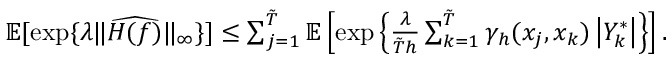
\begin{array} { r l } & { \mathbb { E } [ \exp \{ \lambda \| \widehat { H ( f ) } \| _ { \infty } \} ] \leq \sum _ { j = 1 } ^ { \tilde { T } } \mathbb { E } \left[ \exp \left\{ \frac { \lambda } { \tilde { T } h } \sum _ { k = 1 } ^ { \tilde { T } } \gamma _ { h } ( x _ { j } , x _ { k } ) \left| Y _ { k } ^ { * } \right| \right\} \right] . } \end{array}